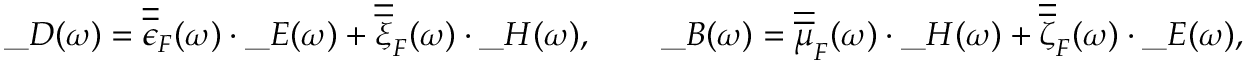
\_ D ( \omega ) = \overline { { \overline { { \epsilon } } } } _ { \/ F } ( \omega ) \cdot \_ E ( \omega ) + \overline { { \overline { { \xi } } } } _ { \/ F } ( \omega ) \cdot \_ H ( \omega ) , \qquad \_ B ( \omega ) = \overline { { \overline { { \mu } } } } _ { \/ F } ( \omega ) \cdot \_ H ( \omega ) + \overline { { \overline { { \zeta } } } } _ { \/ F } ( \omega ) \cdot \_ E ( \omega ) ,